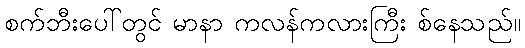
စက်ဘီးပေါ်တွင် မာနာ ကလန်ကလားကြီး စ်နေသည်။